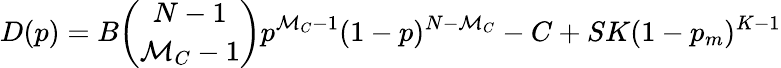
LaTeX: D(p)=B{\binom{N-1}{\mathcal{M}_{C}-1}}p^{\mathcal{M}_{C}-1}(1-p)^{N-\mathcal{M}_{C}}-C+SK(1-p_{m})^{K-1}